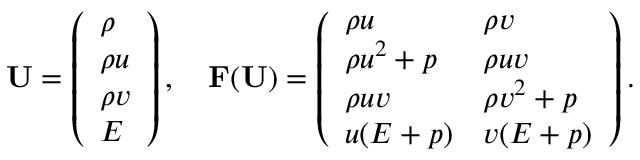
\mathbf { U } = \left( \begin{array} { l } { \rho } \\ { \rho u } \\ { \rho v } \\ { E } \end{array} \right) , \quad \mathbf { F ( \mathbf { U } ) } = \left( \begin{array} { l l } { \rho u } & { \rho v } \\ { \rho u ^ { 2 } + p } & { \rho u v } \\ { \rho u v } & { \rho v ^ { 2 } + p } \\ { u ( E + p ) } & { v ( E + p ) } \end{array} \right) .